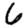
Digit: 6